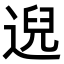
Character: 𫐰